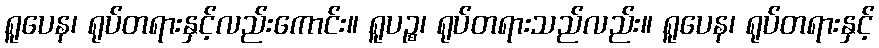
ရူပေန၊ ရုပ်တရားနှင့်လည်းကောင်း။ ရူပဉ္စ၊ ရုပ်တရားသည်လည်း။ ရူပေန၊ ရုပ်တရားနှင့်